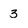
Character: 3